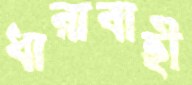
ধারাবাহী